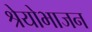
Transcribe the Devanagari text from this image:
श्रेयोभाजन